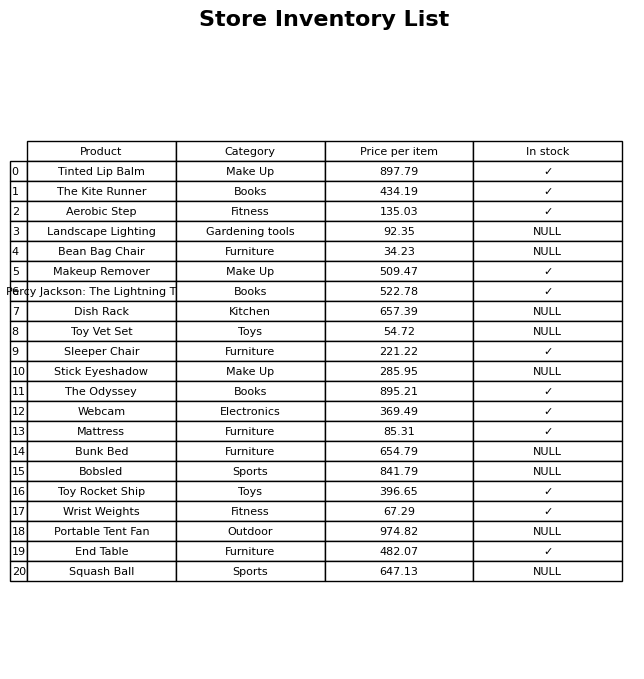
question: What is the stock status of the Toy Rocket Ship?
answer: ✓